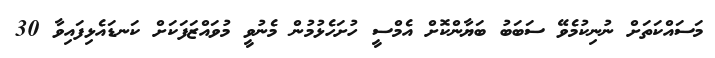
މަސައްކަތަށް ނުނިކުމެވޭ ސަބަބު ބަޔާންކޮށް އެމްސީ ހުށަހެޅުމުން މެނުވީ މުވައްޒަފަކަށް ކަނޑައެޅިފައިވާ 30